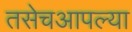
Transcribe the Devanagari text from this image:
तसेचआपल्या